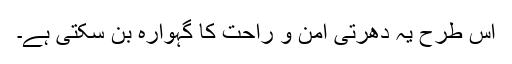
اس طرح یہ دھرتی امن و راحت کا گہوارہ بن سکتی ہے۔